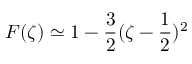
F ( \zeta ) \simeq 1 - \frac { 3 } { 2 } ( \zeta - \frac { 1 } { 2 } ) ^ { 2 }